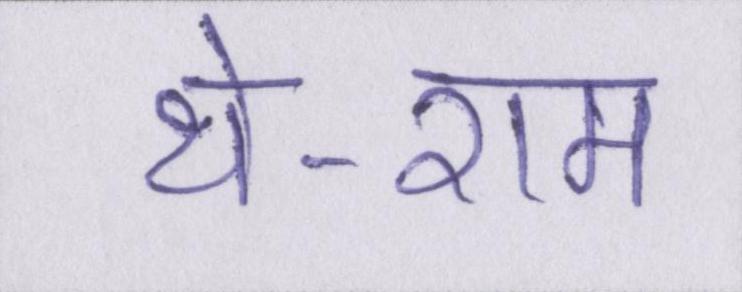
थे-राम